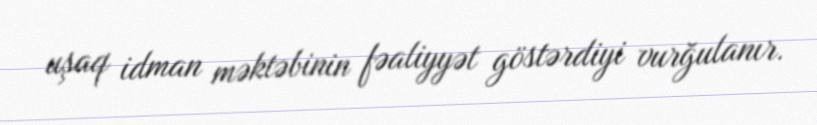
uşaq idman məktəbinin fəaliyyət göstərdiyi vurğulanır.